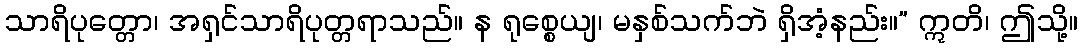
သာရိပုတ္တော၊ အရှင်သာရိပုတ္တရာသည်။ န ရုစ္စေယျ၊ မနှစ်သက်ဘဲ ရှိအံ့နည်း။” ဣတိ၊ ဤသို့။